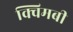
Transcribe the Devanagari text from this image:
क्विमबी